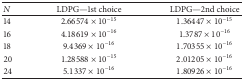
<table><thead><tr><td><b><i>N</i></b></td><td><b> LDPG—1st choice </b></td><td><b> LDPG—2nd choice </b></td></tr></thead><tbody><tr><td> 14 </td><td>2.66574 × 10<sup>−15</sup></td><td>1.36447 × 10<sup>−15</sup></td></tr><tr><td>16 </td><td>4.18619 × 10<sup>−16</sup></td><td>1.3787 × 10<sup>−16</sup></td></tr><tr><td>18 </td><td>9.4369 × 10<sup>−16</sup></td><td>1.70355 × 10<sup>−16</sup></td></tr><tr><td>20 </td><td>1.28588 × 10<sup>−15</sup></td><td>2.01205 × 10<sup>−16</sup></td></tr><tr><td>24 </td><td>5.1337 × 10<sup>−16</sup></td><td>1.80926 × 10<sup>−16</sup></td></tr></tbody></table>